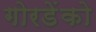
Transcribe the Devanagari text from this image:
गोरडेंको